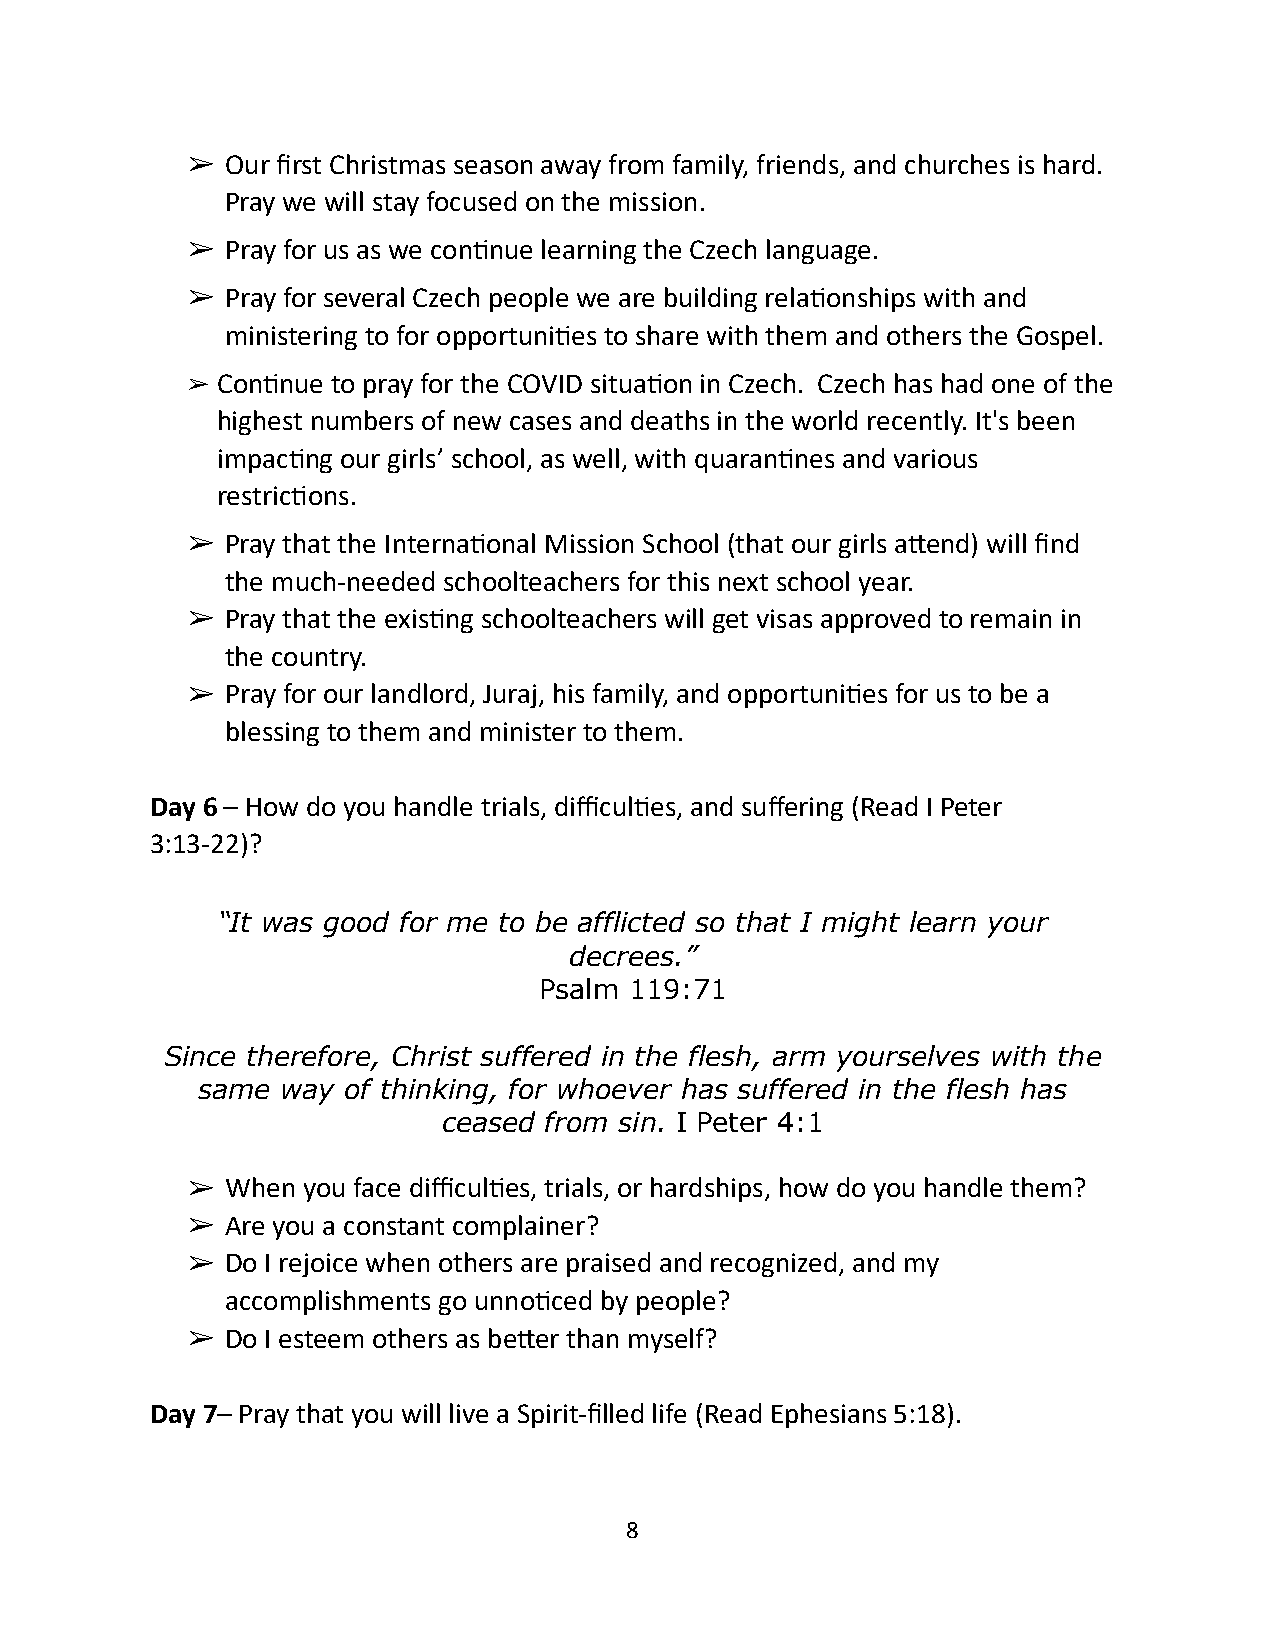
➢  Our first Christmas season away from family, friends, and churches is hard.
 Pray we will stay focused on the mission.
 ➢  Pray for us as we con1nue learning the Czech language.
 ➢  Pray for several Czech people we are building rela1onships with and
 ministering to for opportuni1es to share with them and others the Gospel.
 ➢ Con1nue to pray for the COVID situa1on in Czech. Czech has had one of the
 highest numbers of new cases and deaths in the world recently. It's been
 impac1ng our girls’ school, as well, with quaran1nes and various
 restric1ons.
 ➢  Pray that the Interna1onal Mission School (that our girls a^end) will find
 the much-needed schoolteachers for this next school year.
 ➢  Pray that the exis1ng schoolteachers will get visas approved to remain in
 the country.
 ➢  Pray for our landlord, Juraj, his family, and opportuni1es for us to be a
 blessing to them and minister to them.
 Day 6 – How do you handle trials, difficul1es, and suffering (Read I Peter
 3:13-22)?
 “It was good for me to be afflicted so that I might learn your
 decrees.”
 Psalm 119:71
 Since therefore, Christ suffered in the flesh, arm yourselves with the
 same  way of thinking, for whoever has suffered in the flesh has
 ceased from sin. I Peter 4:1
 ➢  When you face difficul1es, trials, or hardships, how do you handle them?
 ➢  Are you a constant complainer?
 ➢  Do I rejoice when others are praised and recognized, and my
 accomplishments go unno1ced by people?
 ➢  Do I esteem others as be^er than myself?
 Day 7– Pray that you will live a Spirit-filled life (Read Ephesians 5:18).
 8